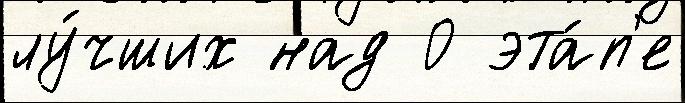
лу́чших над 0 эта́п'е